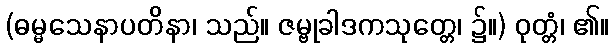
(ဓမ္မသေနာပတိနာ၊ သည်။ ဇမ္ဗုခါဒကသုတ္တေ၊ ၌။) ဝုတ္တံ၊ ၏။